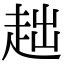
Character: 趉